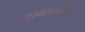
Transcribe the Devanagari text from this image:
आक्सीमीटर